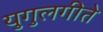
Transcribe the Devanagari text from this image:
युगुलगीते